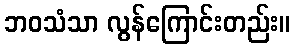
ဘဝသံသာ လွန်ကြောင်းတည်း။